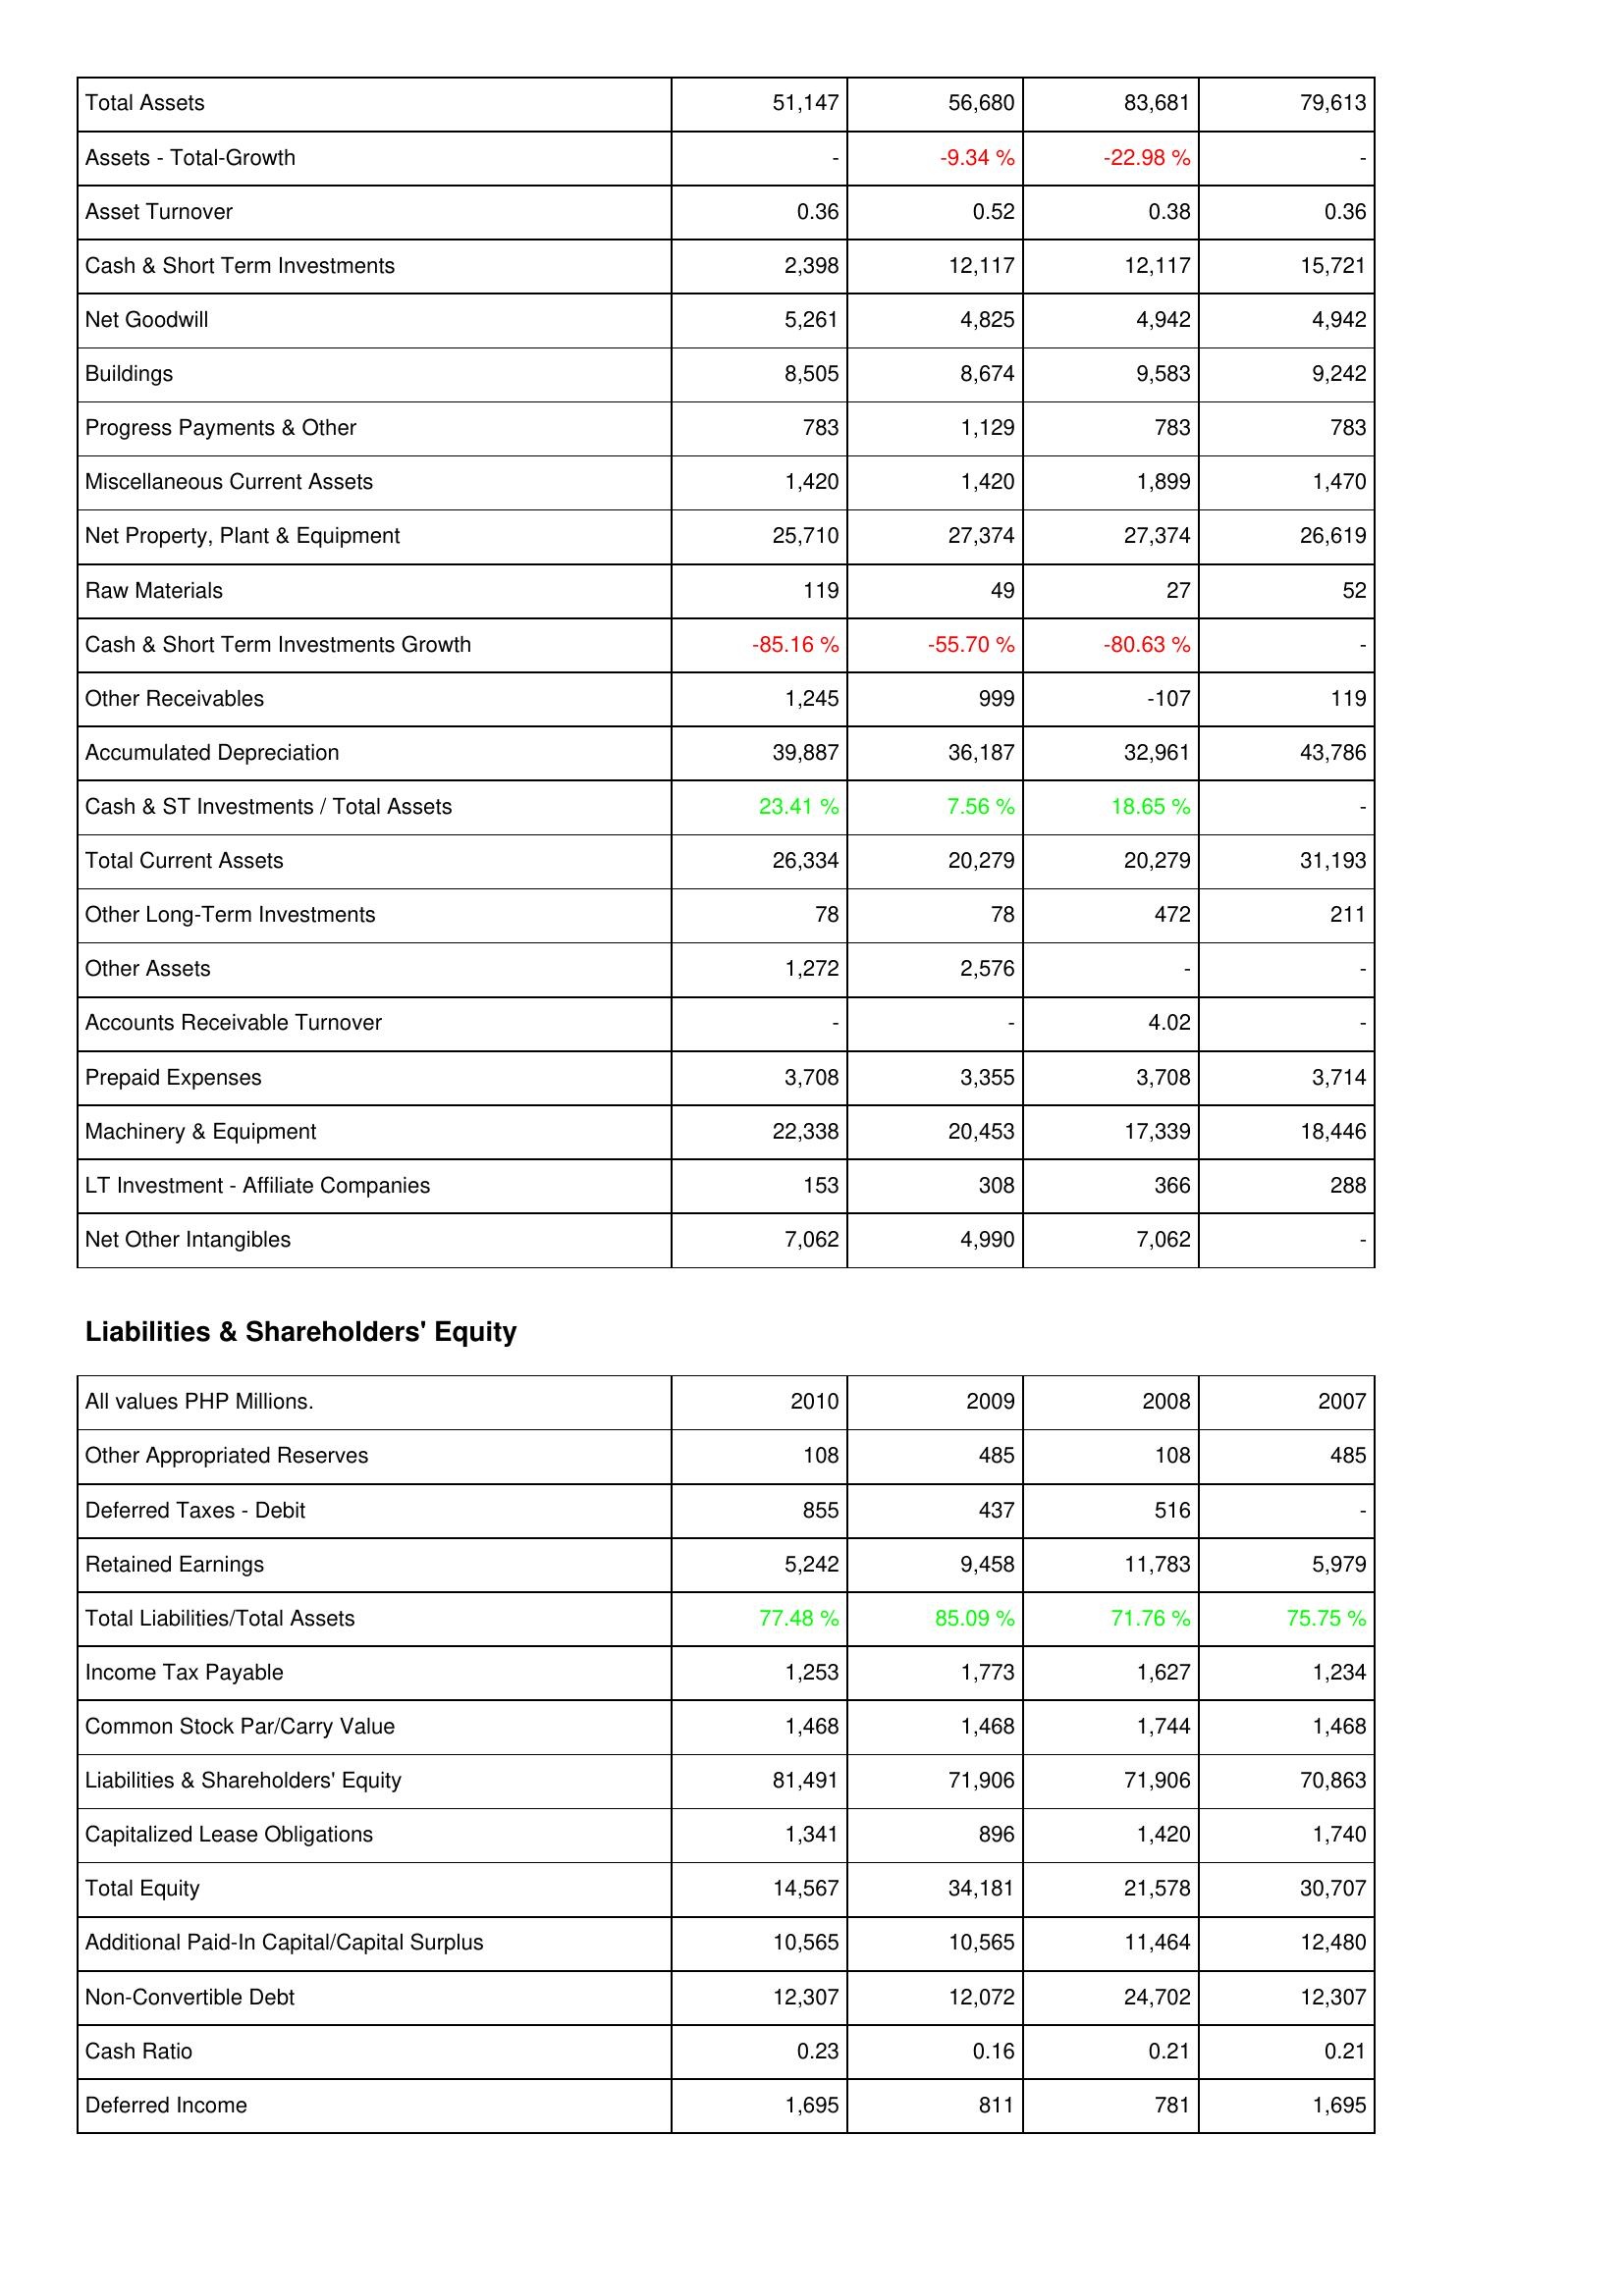
2010: Assets: Total Assets: 51,147
Assets - Total-Growth: -
Asset Turnover: 0.36
Cash & Short Term Investments: 2,398
Net Goodwill: 5,261
Buildings: 8,505
Progress Payments & Other: 783
Miscellaneous Current Assets: 1,420
Net Property, Plant & Equipment: 25,710
Raw Materials: 119
Cash & Short Term Investments Growth: -85.16 %
Other Receivables: 1,245
Accumulated Depreciation: 39,887
Cash & ST Investments / Total Assets: 23.41 %
Total Current Assets: 26,334
Other Long-Term Investments: 78
Other Assets: 1,272
Accounts Receivable Turnover: -
Prepaid Expenses: 3,708
Machinery & Equipment: 22,338
LT Investment - Affiliate Companies: 153
Net Other Intangibles: 7,062
Liabilities & Shareholders' Equity: Other Appropriated Reserves: 108
Deferred Taxes - Debit: 855
Retained Earnings: 5,242
Total Liabilities/Total Assets: 77.48 %
Income Tax Payable: 1,253
Common Stock Par/Carry Value: 1,468
Liabilities & Shareholders' Equity: 81,491
Capitalized Lease Obligations: 1,341
Total Equity: 14,567
Additional Paid-In Capital/Capital Surplus: 10,565
Non-Convertible Debt: 12,307
Cash Ratio: 0.23
Deferred Income: 1,695
2009: Assets: Total Assets: 56,680
Assets - Total-Growth: -9.34 %
Asset Turnover: 0.52
Cash & Short Term Investments: 12,117
Net Goodwill: 4,825
Buildings: 8,674
Progress Payments & Other: 1,129
Miscellaneous Current Assets: 1,420
Net Property, Plant & Equipment: 27,374
Raw Materials: 49
Cash & Short Term Investments Growth: -55.70 %
Other Receivables: 999
Accumulated Depreciation: 36,187
Cash & ST Investments / Total Assets: 7.56 %
Total Current Assets: 20,279
Other Long-Term Investments: 78
Other Assets: 2,576
Accounts Receivable Turnover: -
Prepaid Expenses: 3,355
Machinery & Equipment: 20,453
LT Investment - Affiliate Companies: 308
Net Other Intangibles: 4,990
Liabilities & Shareholders' Equity: Other Appropriated Reserves: 485
Deferred Taxes - Debit: 437
Retained Earnings: 9,458
Total Liabilities/Total Assets: 85.09 %
Income Tax Payable: 1,773
Common Stock Par/Carry Value: 1,468
Liabilities & Shareholders' Equity: 71,906
Capitalized Lease Obligations: 896
Total Equity: 34,181
Additional Paid-In Capital/Capital Surplus: 10,565
Non-Convertible Debt: 12,072
Cash Ratio: 0.16
Deferred Income: 811
2008: Assets: Total Assets: 83,681
Assets - Total-Growth: -22.98 %
Asset Turnover: 0.38
Cash & Short Term Investments: 12,117
Net Goodwill: 4,942
Buildings: 9,583
Progress Payments & Other: 783
Miscellaneous Current Assets: 1,899
Net Property, Plant & Equipment: 27,374
Raw Materials: 27
Cash & Short Term Investments Growth: -80.63 %
Other Receivables: -107
Accumulated Depreciation: 32,961
Cash & ST Investments / Total Assets: 18.65 %
Total Current Assets: 20,279
Other Long-Term Investments: 472
Other Assets: -
Accounts Receivable Turnover: 4.02
Prepaid Expenses: 3,708
Machinery & Equipment: 17,339
LT Investment - Affiliate Companies: 366
Net Other Intangibles: 7,062
Liabilities & Shareholders' Equity: Other Appropriated Reserves: 108
Deferred Taxes - Debit: 516
Retained Earnings: 11,783
Total Liabilities/Total Assets: 71.76 %
Income Tax Payable: 1,627
Common Stock Par/Carry Value: 1,744
Liabilities & Shareholders' Equity: 71,906
Capitalized Lease Obligations: 1,420
Total Equity: 21,578
Additional Paid-In Capital/Capital Surplus: 11,464
Non-Convertible Debt: 24,702
Cash Ratio: 0.21
Deferred Income: 781
2007: Assets: Total Assets: 79,613
Assets - Total-Growth: -
Asset Turnover: 0.36
Cash & Short Term Investments: 15,721
Net Goodwill: 4,942
Buildings: 9,242
Progress Payments & Other: 783
Miscellaneous Current Assets: 1,470
Net Property, Plant & Equipment: 26,619
Raw Materials: 52
Cash & Short Term Investments Growth: -
Other Receivables: 119
Accumulated Depreciation: 43,786
Cash & ST Investments / Total Assets: -
Total Current Assets: 31,193
Other Long-Term Investments: 211
Other Assets: -
Accounts Receivable Turnover: -
Prepaid Expenses: 3,714
Machinery & Equipment: 18,446
LT Investment - Affiliate Companies: 288
Net Other Intangibles: -
Liabilities & Shareholders' Equity: Other Appropriated Reserves: 485
Deferred Taxes - Debit: -
Retained Earnings: 5,979
Total Liabilities/Total Assets: 75.75 %
Income Tax Payable: 1,234
Common Stock Par/Carry Value: 1,468
Liabilities & Shareholders' Equity: 70,863
Capitalized Lease Obligations: 1,740
Total Equity: 30,707
Additional Paid-In Capital/Capital Surplus: 12,480
Non-Convertible Debt: 12,307
Cash Ratio: 0.21
Deferred Income: 1,695